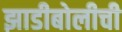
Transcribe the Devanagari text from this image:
झाडीबोलीची